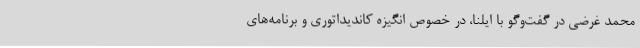
محمد غرضی در گفت‌وگو با ایلنا، در خصوص انگیزه کاندیداتوری و برنامه‌های